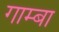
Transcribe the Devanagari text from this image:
गाम्बा